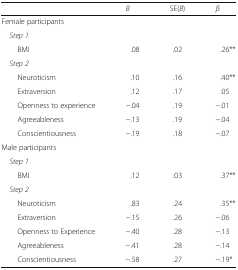
|  | B | SE(B) | β |
 | --- | --- | --- | --- |
 | Female participants |  |  |  |
 | Step 1 |  |  |  |
 | BMI | .08 | .02 | .26** |
 | Step 2 |  |  |  |
 | Neuroticism | .10 | .16 | .40** |
 | Extraversion | .12 | .17 | .05 |
 | Openness to experience | −.04 | .19 | −.01 |
 | Agreeableness | −.13 | .19 | −.04 |
 | Conscientiousness | −.19 | .18 | −.07 |
 | Male participants |  |  |  |
 | Step 1 |  |  |  |
 | BMI | .12 | .03 | .37** |
 | Step 2 |  |  |  |
 | Neuroticism | .83 | .24 | .35** |
 | Extraversion | −.15 | .26 | −.06 |
 | Openness to Experience | −.40 | .28 | −.13 |
 | Agreeableness | −.41 | .28 | −.14 |
 | Conscientiousness | −.58 | .27 | −.19* |